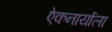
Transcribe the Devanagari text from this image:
एेकनार्याला